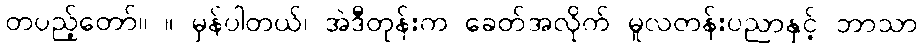
တပည့်တော်။ ။ မှန်ပါတယ်၊ အဲဒီတုန်းက ခေတ်အလိုက် မူလတန်းပညာနှင့် ဘာသာ